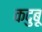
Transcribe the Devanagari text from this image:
कदुबू